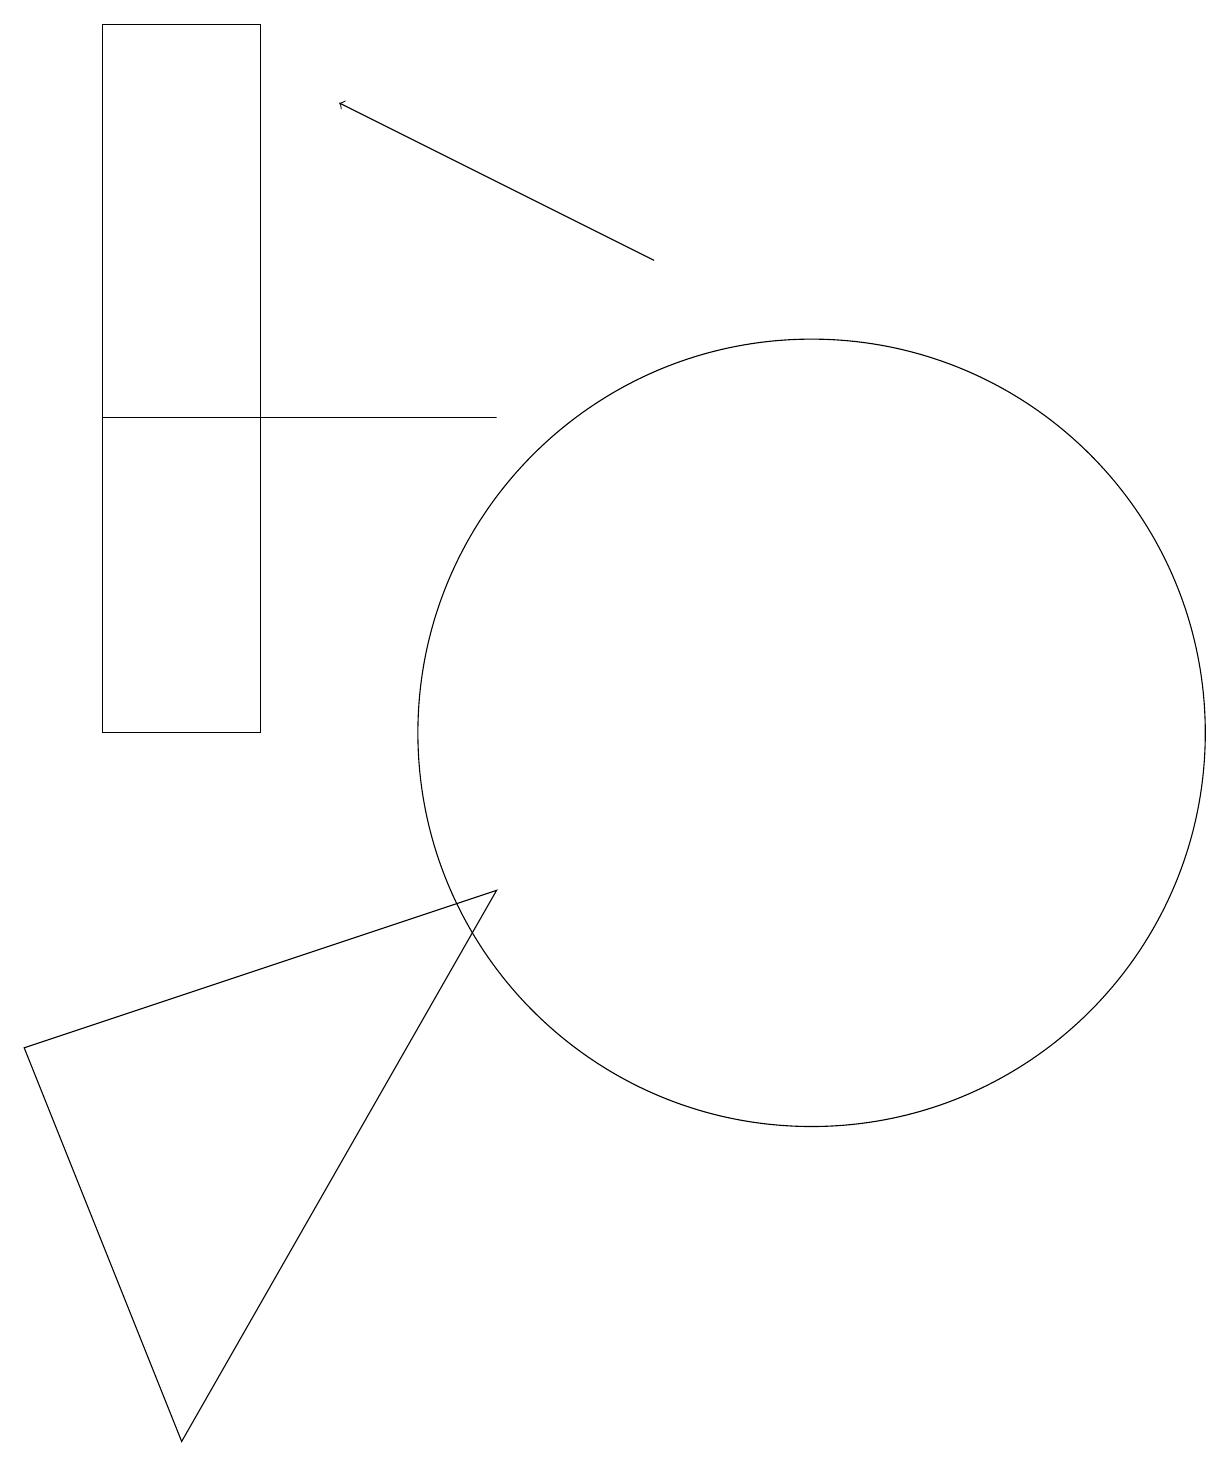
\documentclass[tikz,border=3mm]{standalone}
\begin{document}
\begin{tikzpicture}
\draw (11,10) circle (5);
\draw (7,8) -- (3,1) -- (1,6) -- cycle;
\draw (2,14) rectangle (7,14);
\draw[->] (9,16) -- (5,18);
\draw (4,10) rectangle (2,19);
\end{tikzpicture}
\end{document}